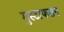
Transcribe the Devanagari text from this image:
गुस्टाफसन